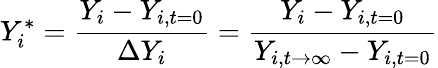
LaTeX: Y_{i}^{*}=\frac{Y_{i}-Y_{i,t=0}}{\Delta Y_{i}}=\frac{Y_{i}-Y_{i,t=0}}{Y_{i,t\rightarrow\infty}-Y_{i,t=0}}